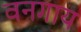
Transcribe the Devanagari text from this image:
वनगाय